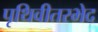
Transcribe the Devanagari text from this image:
पृथिवीतरभेद